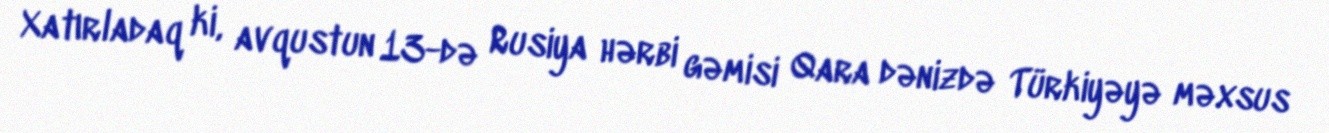
Xatırladaq ki, avqustun 13-də Rusiya hərbi gəmisi Qara dənizdə Türkiyəyə məxsus